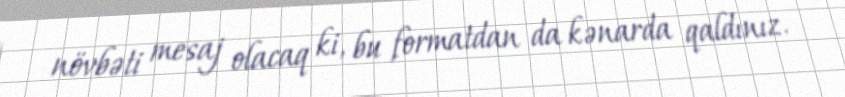
növbəti mesaj olacaq ki, bu formatdan da kənarda qaldınız.